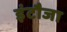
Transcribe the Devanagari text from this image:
इंटौजा